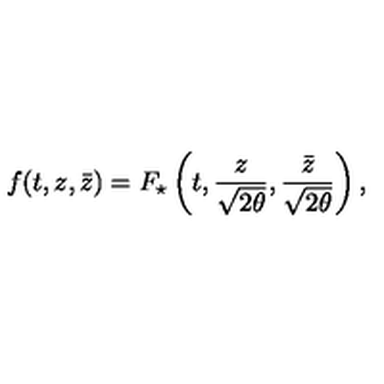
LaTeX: f ( t , z , \bar { z } ) = F _ { \star } \left( t , \frac { z } { \sqrt { 2 \theta } } , \frac { \bar { z } } { \sqrt { 2 \theta } } \right) ,